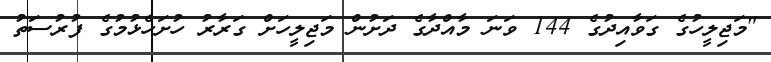
"މަޖިލީހުގެ ގަވާއިދުގެ 144 ވަނަ މާއްދާގެ ދަށުން މަޖިލީހަށް ގަރާރު ހުށަހެޅުމުގެ ފުރުސަތު